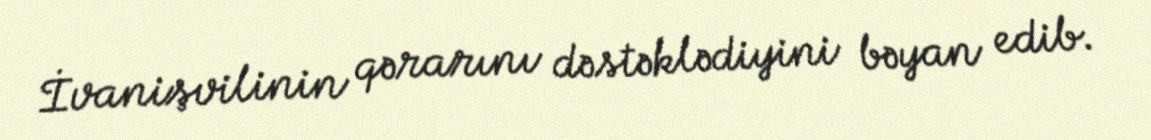
İvanişvilinin qərarını dəstəklədiyini bəyan edib.